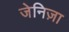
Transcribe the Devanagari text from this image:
जेनिज़ा